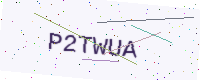
Text: P2TWUA